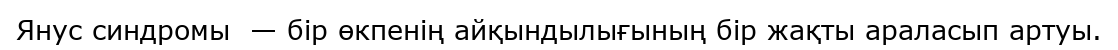
Янус синдромы  — бір өкпенің айқындылығының бір жақты араласып артуы.